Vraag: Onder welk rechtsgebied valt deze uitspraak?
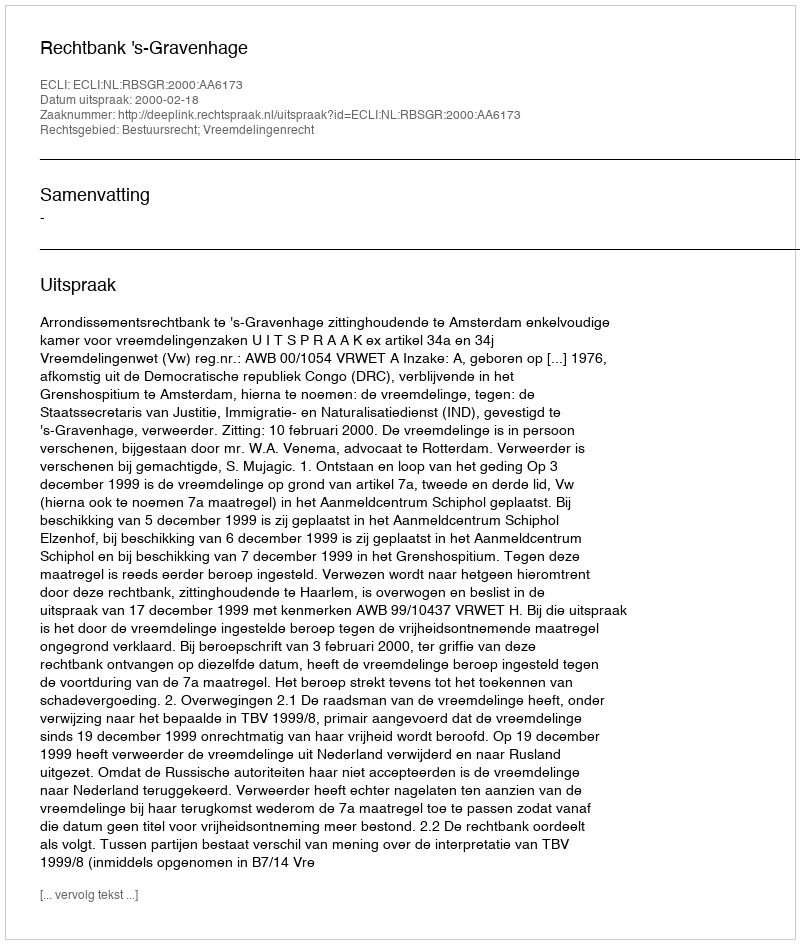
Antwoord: Bestuursrecht; Vreemdelingenrecht